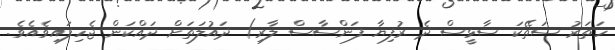
ހަތަރު ސަތޭކަ ސާޅީސް ދެ ރުފިޔާ ފަންސާސް ލާރި) ދައުލަތަށް ދައްކަން ޖެހިފައިވެއެވެ.